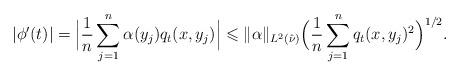
LaTeX: \begin{align*}|\phi'(t)| &=\Big|\frac1n \sum_{j = 1}^n \alpha(y_j) q_t(x, y_j)\Big| \leqslant \|\alpha\|_{L^2(\hat \nu)} \Big(\frac1n \sum_{j = 1}^n q_t(x, y_j)^2 \Big)^{1/2}.\end{align*}